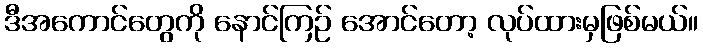
ဒီအကောင်တွေကို နောင်ကြဉ် အောင်တော့ လုပ်ထားမှဖြစ်မယ်။